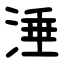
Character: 涶